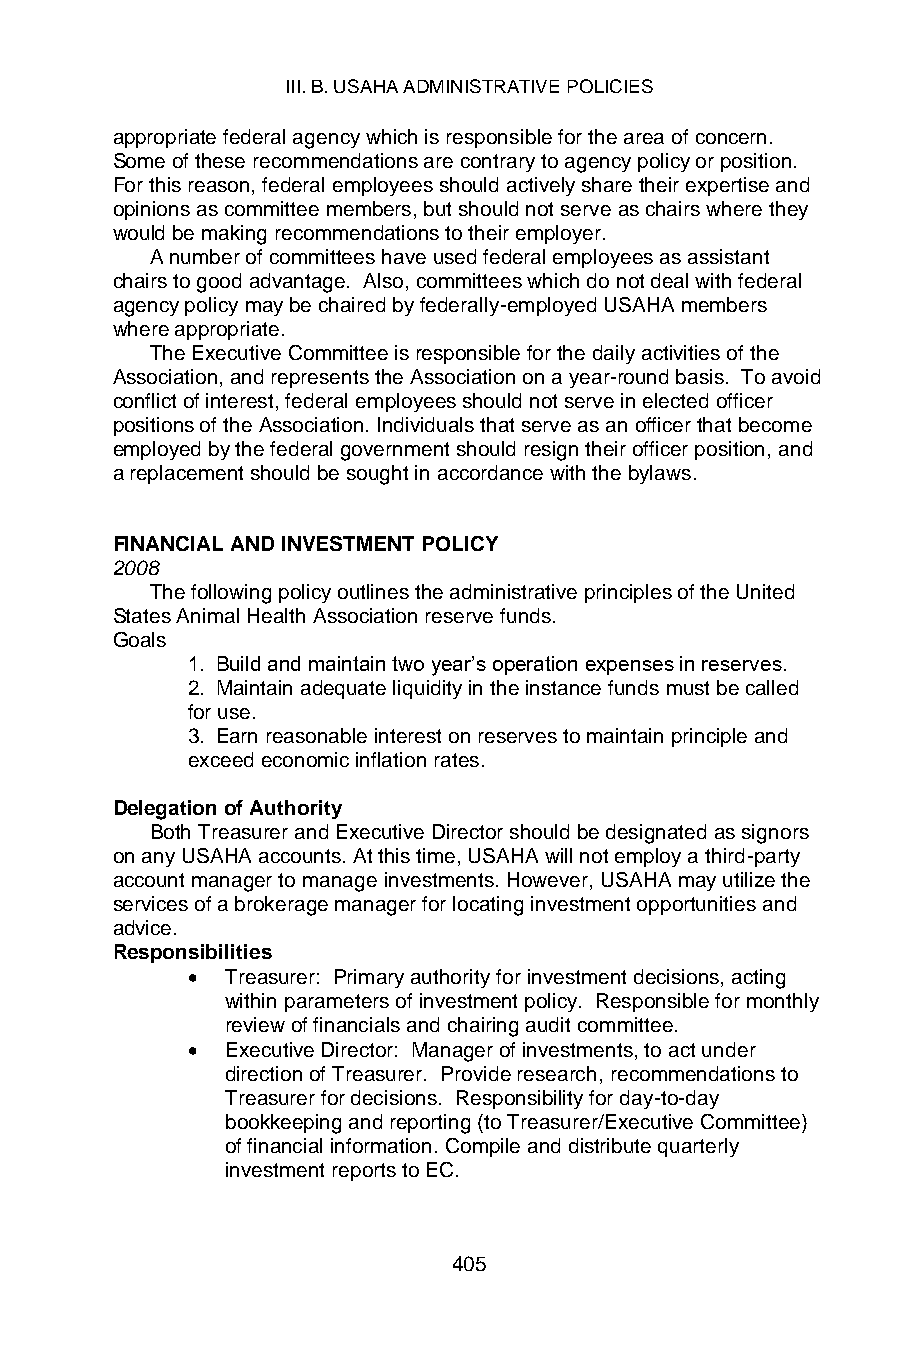
III. B. USAHA ADMINISTRATIVE POLICIES
 appropriate federal agency which is responsible for the area of concern.
 Some of these recommendations are contrary to agency policy or position.
 For this reason, federal employees should actively share their expertise and
 opinions as committee members, but should not serve as chairs where they
 would be making recommendations to their employer.
 A number of committees have used federal employees as assistant
 chairs to good advantage. Also, committees which do not deal with federal
 agency policy may be chaired by federally-employed USAHA members
 where appropriate.
 The Executive Committee is responsible for the daily activities of the
 Association, and represents the Association on a year-round basis. To avoid
 conflict of interest, federal employees should not serve in elected officer
 positions of the Association. Individuals that serve as an officer that become
 employed by the federal government should resign their officer position, and
 a replacement should be sought in accordance with the bylaws.
 FINANCIAL AND INVESTMENT POLICY
 2008
 The following policy outlines the administrative principles of the United
 States Animal Health Association reserve funds.
 Goals
 1. Build and maintain two year’s operation expenses in reserves.
 2. Maintain adequate liquidity in the instance funds must be called
 for use.
 3. Earn reasonable interest on reserves to maintain principle and
 exceed economic inflation rates.
 Delegation of Authority
 Both Treasurer and Executive Director should be designated as signors
 on any USAHA accounts. At this time, USAHA will not employ a third-party
 account manager to manage investments. However, USAHA may utilize the
 services of a brokerage manager for locating investment opportunities and
 advice.
 Responsibilities
 •  Treasurer: Primary authority for investment decisions, acting
 within parameters of investment policy. Responsible for monthly
 review of financials and chairing audit committee.
 •  Executive Director: Manager of investments, to act under
 direction of Treasurer. Provide research, recommendations to
 Treasurer for decisions. Responsibility for day-to-day
 bookkeeping and reporting (to Treasurer/Executive Committee)
 of financial information. Compile and distribute quarterly
 investment reports to EC.
 405